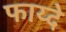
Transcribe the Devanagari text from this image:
फाय्दे